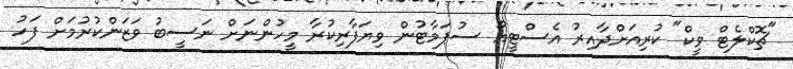
"ޗޮކްލެޓް ވީކް" ކުރިއަށްދާއިރު އެސްޓީއޯ ސުޕަމާޓުން ވިޔަފާރިކުރާ މީހުންނަށް ނަސީބު ވަޒަންކުރުމަށް ފަހު